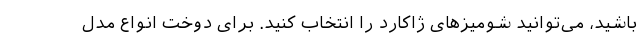
باشید، می‌توانید شومیزهای ژاکارد را انتخاب کنید. برای دوخت انواع مدل